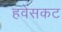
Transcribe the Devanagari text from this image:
हवेसकट